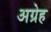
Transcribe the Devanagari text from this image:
अग्रेह